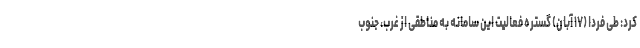
کرد: طی فردا (۱۷ آبان) گستره فعالیت این سامانه به مناطقی از غرب، جنوب